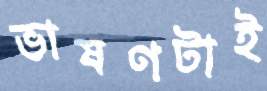
ভাষণটাই